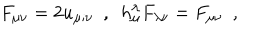
F _ { \mu \nu } = 2 u _ { \mu ; \nu } ~ ~ , ~ ~ h _ { \mu } ^ { \lambda } F _ { \lambda \nu } = F _ { \mu \nu } ~ ~ ,